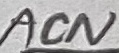
Text: ACN